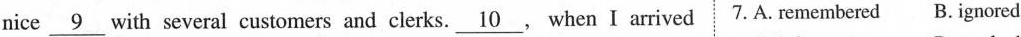
nice \underline{9} with several customers and clerks.\underline{10}, when I arrived 7. A. Remembered B.Ignored